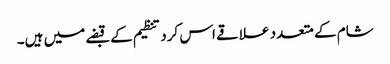
شام کے متعدد علاقے اس کرد تنظیم کے قبضے میں ہیں۔